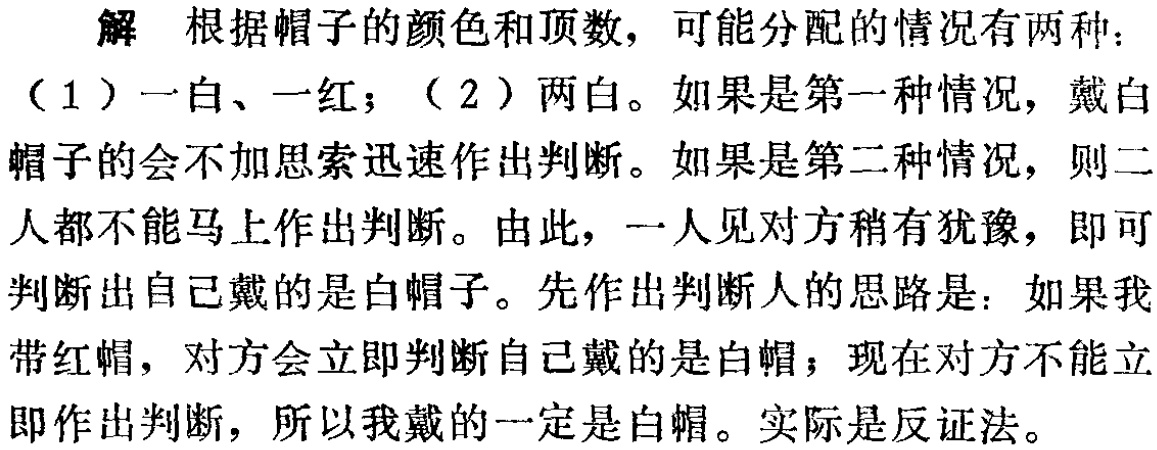
解 根据帽子的颜色和顶数，可能分配的情况有两种：

（1）一白、一红；（2）两白。如果是第一种情况，戴白帽子的会不加思索迅速作出判断。如果是第二种情况，则二人都不能马上作出判断。由此，一人见对方稍有犹豫，即可判断出自己戴的是白帽子。先作出判断人的思路是：如果我带红帽，对方会立即判断自己戴的是白帽；现在对方不能立即作出判断，所以我戴的一定是白帽。实际是反证法。